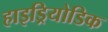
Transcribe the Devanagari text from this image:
हाइड्रियोडिक